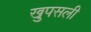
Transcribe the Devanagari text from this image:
खुपसली